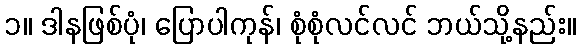
၁။ ဒါနဖြစ်ပုံ၊ ပြောပါကုန်၊ စုံစုံလင်လင် ဘယ်သို့နည်း။